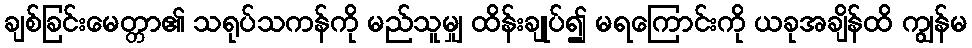
ချစ်ခြင်းမေတ္တာ၏ သရုပ်သကန်ကို မည်သူမျှ ထိန်းချုပ်၍ မရကြောင်းကို ယခုအချိန်ထိ ကျွန်မ